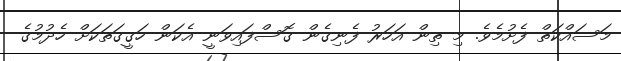
މަސައްކަތް ފެށުމެވެ. މި ތިން އަހަރު ފެނިގެން ގޮސްފައިވަނީ އެކަން ހަގީގަތަކަށް ހެދުމުގެ